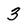
Character: 3